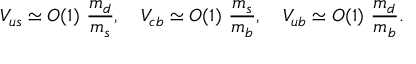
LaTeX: V _ { u s } \simeq O ( 1 ) \ \frac { m _ { d } } { m _ { s } } , \quad V _ { c b } \simeq O ( 1 ) \ \frac { m _ { s } } { m _ { b } } , \quad V _ { u b } \simeq O ( 1 ) \ \frac { m _ { d } } { m _ { b } } .